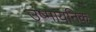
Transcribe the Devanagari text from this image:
उष्मायनिक